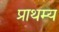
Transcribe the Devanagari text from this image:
प्राथम्य